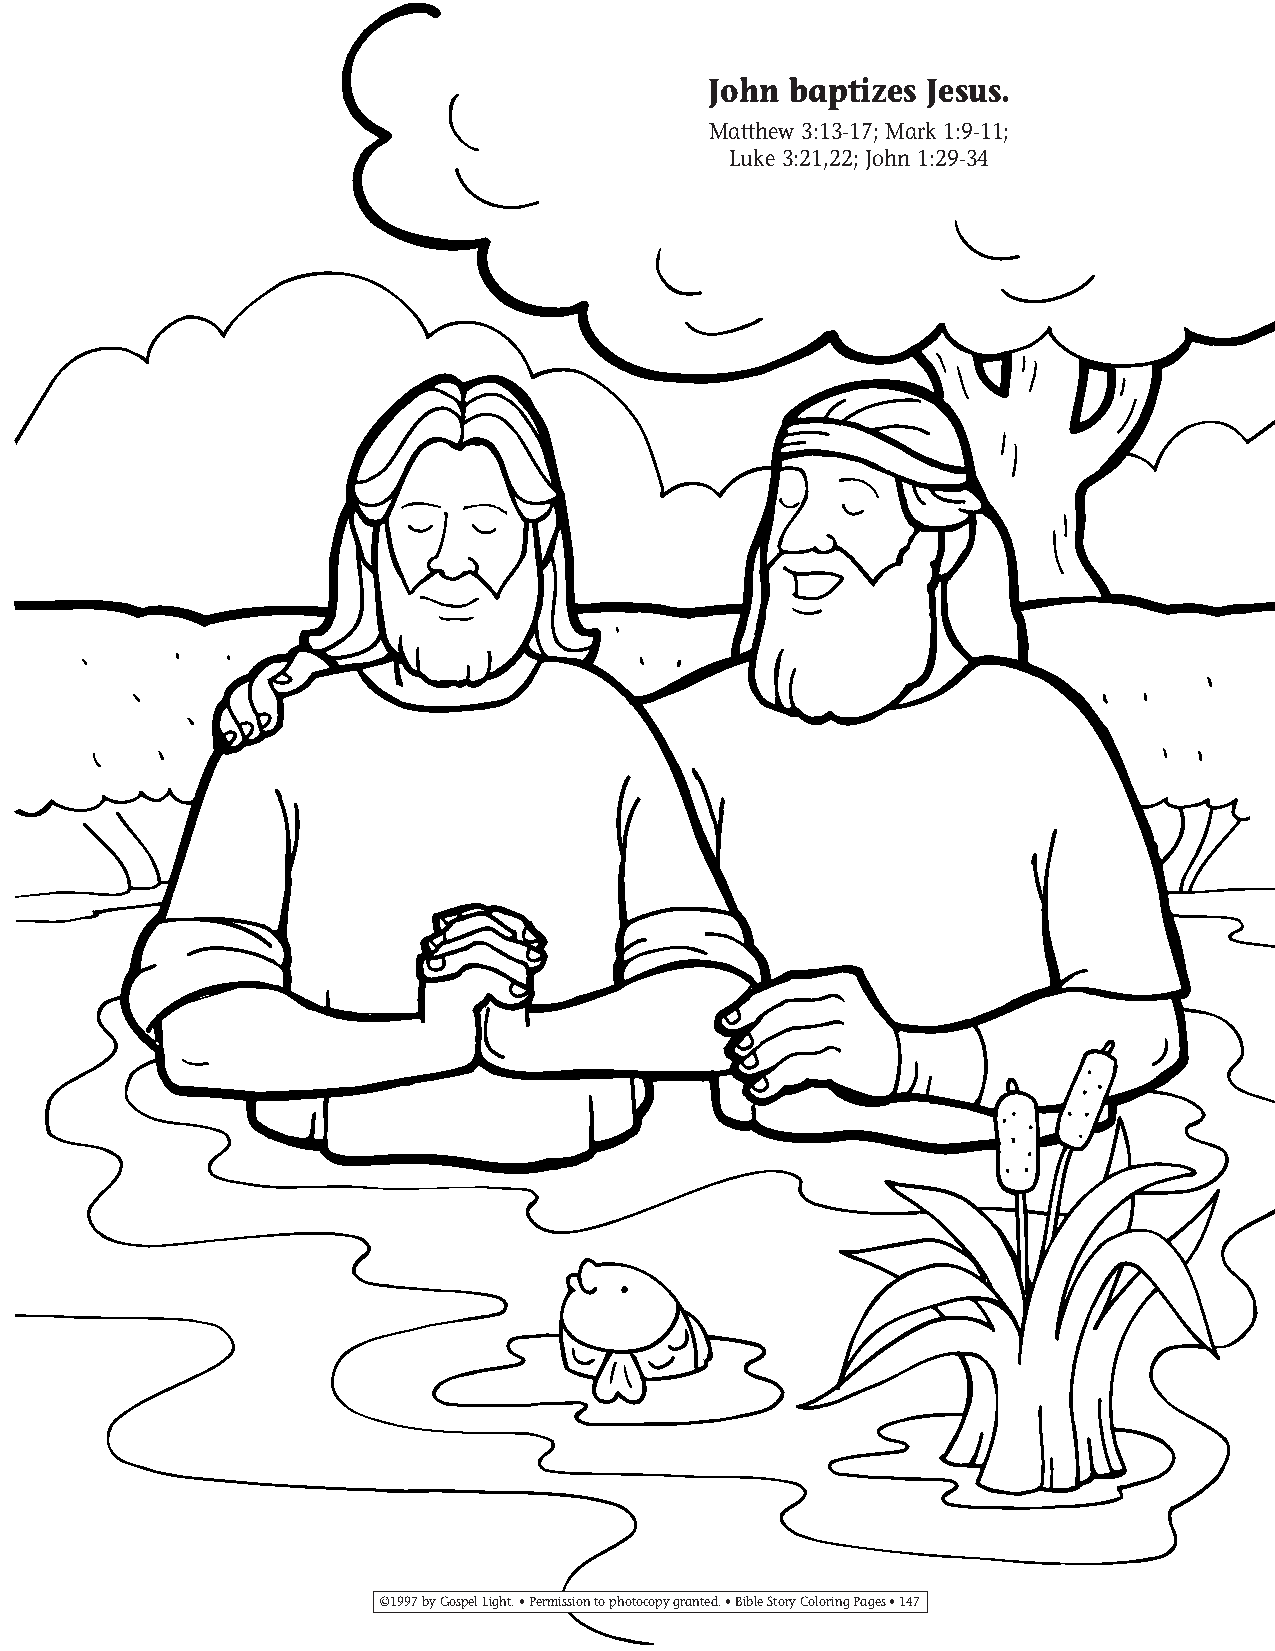
125-154 Coloring pgs_125-154 Coloring pgs 2/19/14 11:48 AM Page 147
 John  baptizes Jesus.
 Matthew 3:13-17; Mark 1:9-11;
 Luke 3:21,22; John 1:29-34
 ©1997 by Gospel Light. • Permission to photocopy granted. • Bible Story Coloring Pages • 147